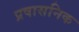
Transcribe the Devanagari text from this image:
प्रषासनिक